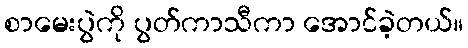
စာမေးပွဲကို ပွတ်ကာသီကာ အောင်ခဲ့တယ်။